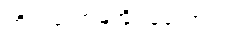
ကိုယ်တော့မအိပ်ခဲ့တော့ဘူး။